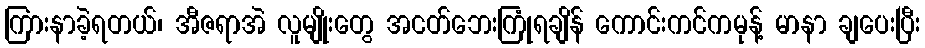
ကြားနာခဲ့ရတယ်၊ အီဇရာအဲ လူမျိုးတွေ အငတ်ဘေးကြုံရချိန် ကောင်းကင်ကမုန့် မာနာ ချပေးပြီး